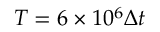
T = 6 \times 1 0 ^ { 6 } \Delta t